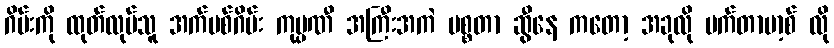
ဂိမ်းကို ထုတ်လုပ်သူ အက်ပစ်ဂိမ်း ကုမ္ပဏီ အကြီးအကဲ မစ္စတာ ဆွီနေ ကတော့ အခုလို မက်တာဗာ့စ် လို